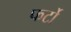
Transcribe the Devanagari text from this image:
फर्टो